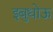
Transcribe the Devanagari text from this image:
इबुधोऊ